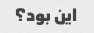
این بود؟